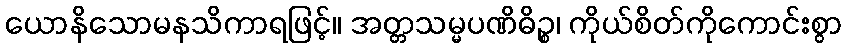
ယောနိသောမနသိကာရဖြင့်။ အတ္တသမ္မပဏိဓိဉ္စ၊ ကိုယ်စိတ်ကိုကောင်းစွာ